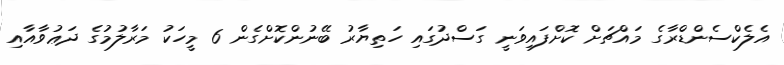
އެލެކްސެންޑްރާގެ މައްޗަށް ކޮށްފައިވަނީ ގަސްދުގައި ހަތިޔާރު ބޭނުންކޮށްގެން 6 މީހަކު މަރާލުމުގެ ދަޢުވާއާއި